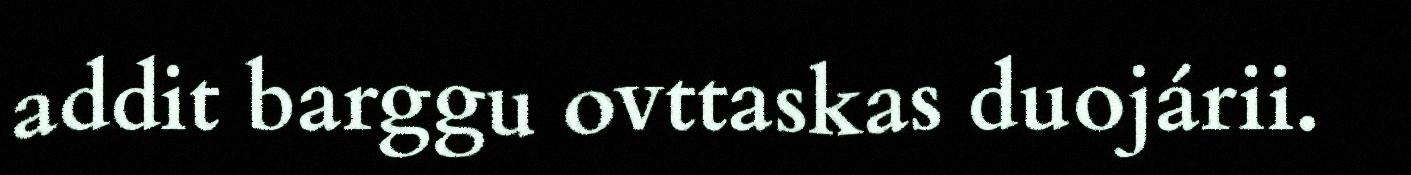
addit barggu ovttaskas duojárii.